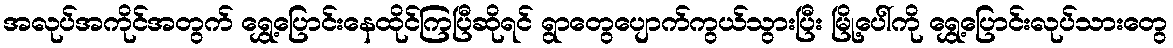
အလုပ်အကိုင်အတွက် ရွှေ့ပြောင်းနေထိုင်ကြပြီဆိုရင် ရွာတွေပျောက်ကွယ်သွားပြီး မြို့ပေါ်ကို ရွှေ့ပြောင်းလုပ်သားတွေ